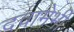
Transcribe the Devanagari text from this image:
दवामेभी